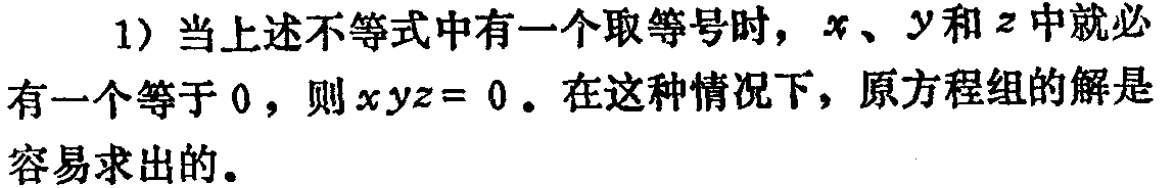
1) 当上述不等式中有一个取等号时，$x$、$y$和$z$中就必有一个等于$0$，则$xyz = 0$。在这种情况下，原方程组的解是容易求出的。